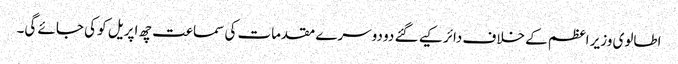
اطالوی وزیر اعظم کے خلاف دائر کیے گئے دو دوسرے مقدمات کی سماعت چھ اپریل کو کی جائے گی۔